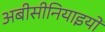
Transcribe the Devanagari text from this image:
अबीसीनियाइयों